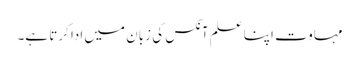
مہاوت اپنا علم آنکس کی زبان میں ادا کرتا ہے۔